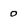
Character: 0